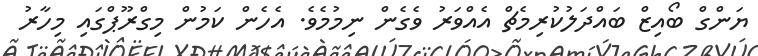
ޔަންގް ބޯއިޒް ބައްދަލުކުރިމެޗް އެއްވަރު ވެގެން ނިމުމެވެ. އެހެން ކަމުން މިގްރޫޕްގައި މިހާރު